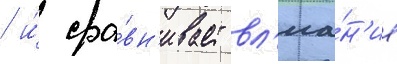
/ и́ сра́вн'ивает вл'иа́н'ие